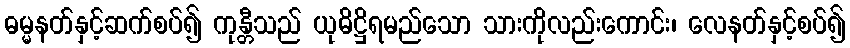
ဓမ္မနတ်နှင့်ဆက်စပ်၍ ကုန္တီသည် ယုဓိဋ္ဌိရမည်သော သားကိုလည်းကောင်း၊ လေနတ်နှင့်စပ်၍